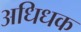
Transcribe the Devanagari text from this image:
अधिधक